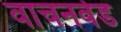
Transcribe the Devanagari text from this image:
वाचनवेड